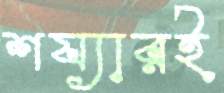
শয্যারই